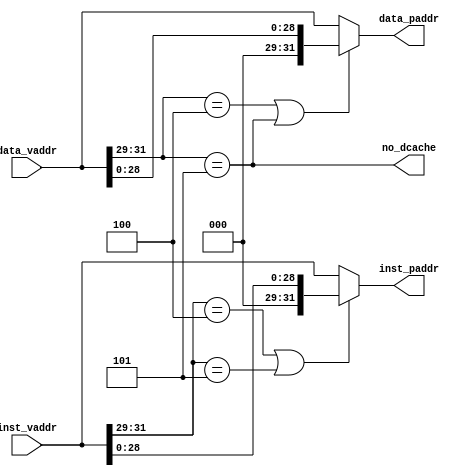
`timescale 1ns / 1ps
//////////////////////////////////////////////////////////////////////////////////
// Company: 
// Engineer: 
// 
// Design Name: 
// Module Name: MMU
// Project Name: 
// Target Devices: 
// Tool Versions: 
// Description: 
// 
// Dependencies: 
// 
// Revision:
// Revision 0.01 - File Created
// Additional Comments:
// 
//////////////////////////////////////////////////////////////////////////////////


module mmu(inst_vaddr,inst_paddr,data_vaddr,data_paddr,no_dcache);
    input [31:0] inst_vaddr;
    output [31:0] inst_paddr;
    
    input [31:0] data_vaddr;
    output [31:0] data_paddr;
    output no_dcache;

    wire inst_kseg0, inst_kseg1;
    wire data_kseg0, data_kseg1;

    assign inst_kseg0 = inst_vaddr[31:29] == 3'b100;
    assign inst_kseg1 = inst_vaddr[31:29] == 3'b101;
    assign data_kseg0 = data_vaddr[31:29] == 3'b100;
    assign data_kseg1 = data_vaddr[31:29] == 3'b101;


    assign inst_paddr = (inst_kseg0 | inst_kseg1)? {3'b0,inst_vaddr[28:0]} : inst_vaddr;
    assign data_paddr = (data_kseg0 | data_kseg1)? {3'b0,data_vaddr[28:0]} : data_vaddr;
    assign no_dcache = data_kseg1;
endmodule